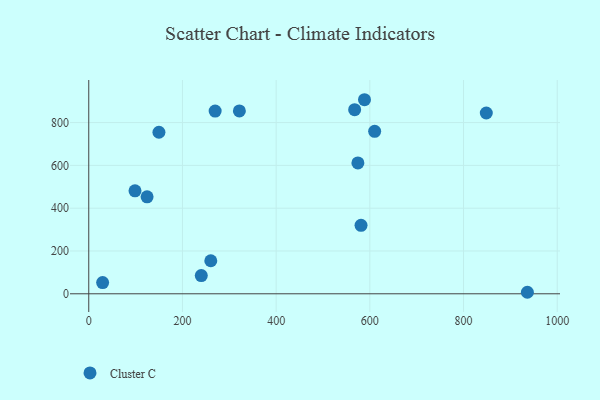
{"axis": {"x": "Distance", "y": "Exam Score"}, "legend": ["Cluster C"], "data": [{"x": "936.3", "y": 7.1, "type": "Cluster C"}, {"x": "240.2", "y": 85.1, "type": "Cluster C"}, {"x": "98.7", "y": 481.3, "type": "Cluster C"}, {"x": "610.3", "y": 759.0, "type": "Cluster C"}, {"x": "260.5", "y": 154.5, "type": "Cluster C"}, {"x": "269.8", "y": 853.7, "type": "Cluster C"}, {"x": "29.6", "y": 52.4, "type": "Cluster C"}, {"x": "124.5", "y": 453.3, "type": "Cluster C"}, {"x": "848.6", "y": 844.8, "type": "Cluster C"}, {"x": "321.5", "y": 854.3, "type": "Cluster C"}, {"x": "581.2", "y": 319.9, "type": "Cluster C"}, {"x": "149.8", "y": 754.8, "type": "Cluster C"}, {"x": "567.6", "y": 860.2, "type": "Cluster C"}, {"x": "574.5", "y": 611.4, "type": "Cluster C"}, {"x": "588.6", "y": 906.8, "type": "Cluster C"}]}